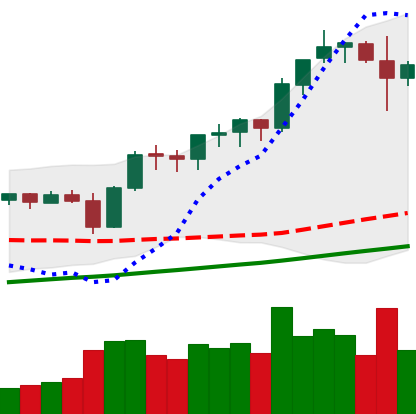
Ticker: BNB-USD
Chart end date: 2021-11-11
Forward return: -6.361%
Label: down_5_7